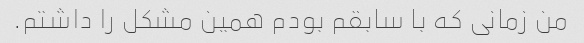
من زمانی که با سابقم بودم همین مشکل را داشتم.